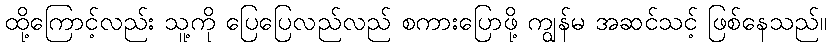
ထို့ကြောင့်လည်း သူ့ကို ပြေပြေလည်လည် စကားပြောဖို့ ကျွန်မ အဆင်သင့် ဖြစ်နေသည်။